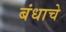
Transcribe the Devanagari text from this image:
बंधाचे